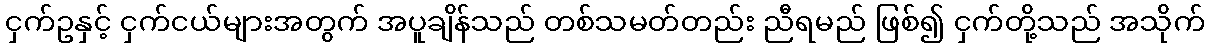
ငှက်ဥနှင့် ငှက်ငယ်များအတွက် အပူချိန်သည် တစ်သမတ်တည်း ညီရမည် ဖြစ်၍ ငှက်တို့သည် အသိုက်